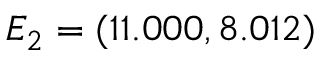
E _ { 2 } = ( 1 1 . 0 0 0 , 8 . 0 1 2 )